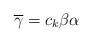
LaTeX: \begin{align*} \operatorname{\overline{\gamma}}=c_{k}\beta \alpha\end{align*}